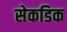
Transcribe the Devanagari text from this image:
सेकडिक